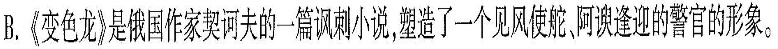
B.《变色龙》是俄国作家契诃夫的一篇讽刺小说，塑造了一个见风使舵、阿谀逢迎的警官的形象。